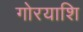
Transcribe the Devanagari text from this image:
गोरयाशि